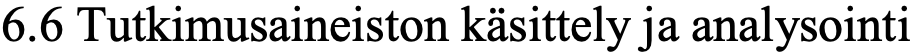
6.6 Tutkimusaineiston käsittely ja analysointi